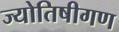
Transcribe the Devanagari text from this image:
ज्योतिषीगण